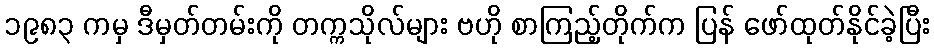
၁၉၈၃ ကမှ ဒီမှတ်တမ်းကို တက္ကသိုလ်များ ဗဟို စာကြည့်တိုက်က ပြန် ဖော်ထုတ်နိုင်ခဲ့ပြီး